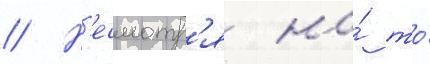
// Н'есмотр'я на́ то́